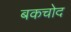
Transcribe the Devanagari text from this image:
बकचोद